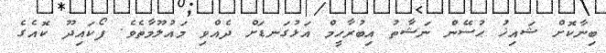
ބިނާކޮށް ޝައިޚު ޙުސޭން ނަޝާތު އިބުރާހީމް އަޅުގަނޑަށް ދެއްވި މައުލޫމާތެވެ. ފޯކައިދޫ ކޮއެގެ